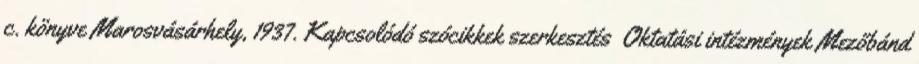
c. könyve Marosvásárhely, 1937. Kapcsolódó szócikkek szerkesztés Oktatási intézmények Mezőbánd